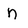
Character: n